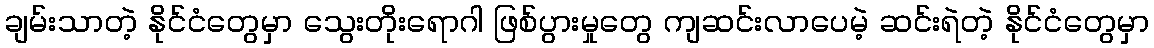
ချမ်းသာတဲ့ နိုင်ငံတွေမှာ သွေးတိုးရောဂါ ဖြစ်ပွားမှုတွေ ကျဆင်းလာပေမဲ့ ဆင်းရဲတဲ့ နိုင်ငံတွေမှာ